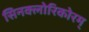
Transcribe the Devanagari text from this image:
सिनक्लोरिकोरम्